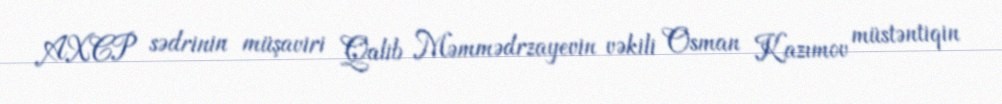
AXCP sədrinin müşaviri Qalib Məmmədrzayevin vəkili Osman Kazımov müstəntiqin